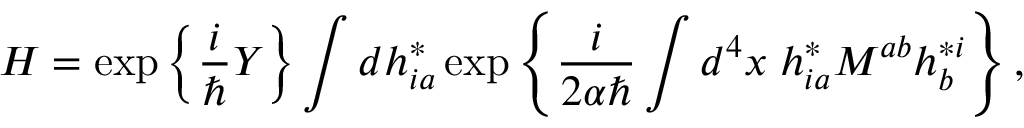
H = \exp \left\{ \frac { i } { \hbar } Y \right\} \int d h _ { i a } ^ { * } \exp \left\{ \frac { i } { 2 \alpha \hbar } \int d ^ { 4 } x \; h _ { i a } ^ { * } { \cal M } ^ { a b } h _ { b } ^ { * i } \right\} ,